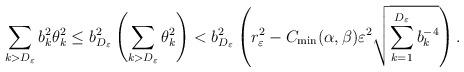
LaTeX: \begin{align*}\sum_{k>D_\varepsilon}b_k^2 \theta_k^2 \leq b_{D_\varepsilon}^2\left(\sum_{k>D_\varepsilon}\theta_k^2 \right)< b_{D_\varepsilon}^2 \left(r_\varepsilon^2-C_{\min}(\alpha,\beta)\varepsilon^2\sqrt{\sum_{k=1}^{D_\varepsilon}b_k^{-4}}\right).\end{align*}